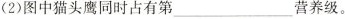
(2)图中猫头鹰同时占有第 ___ 营养级。